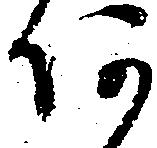
何